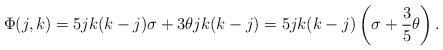
LaTeX: \begin{align*}\Phi(j,k)=5jk(k-j)\sigma+3\theta jk(k-j)=5jk(k-j)\left(\sigma+\frac{3}{5}\theta\right).\end{align*}